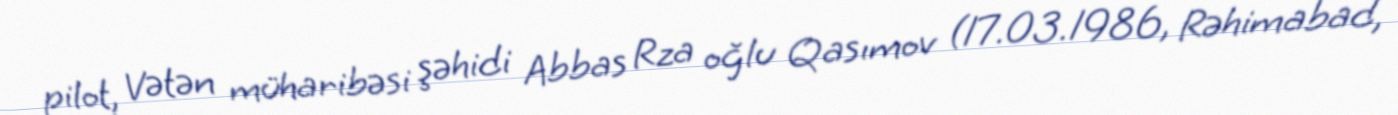
pilot, Vətən müharibəsi şəhidi Abbas Rza oğlu Qasımov (17.03.1986, Rəhimabad,